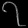
Digit: ၇